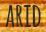
ARID